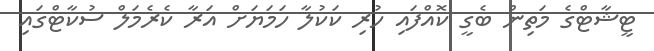
ޓީޝާޓްގެ މަތިން ބެގީ ކޮއްފައި ހުރި ކަކުލާ ހަމަޔަށް އަރާ ކެރެމަލް ސުކާޓްގައި